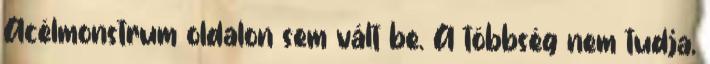
Acélmonstrum oldalon sem vált be. A többség nem tudja,